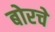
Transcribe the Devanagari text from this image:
बोरचे